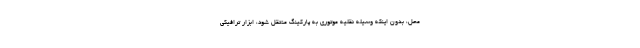
محل، بدون اینکه وسیله نقلیه موتوری به پارکینگ منتقل شود، ابزار ترافیکی